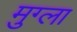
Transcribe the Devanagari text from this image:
मुग्ला